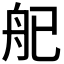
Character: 𬜒